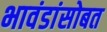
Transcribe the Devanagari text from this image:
भावंडांसोबत